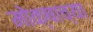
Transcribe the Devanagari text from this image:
मोक्षाच्या